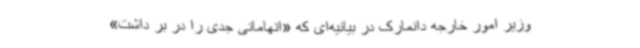
وزیر امور خارجه دانمارک در بیانیه‌ای که «اتهاماتی جدی را در بر داشت»